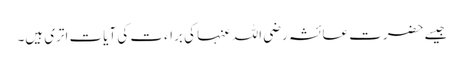
جیسے حضرت عائشہ رضی اللہ عنہا کی براءت کی آیات اتری ہیں۔